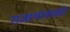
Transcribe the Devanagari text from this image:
राजस्थानातही